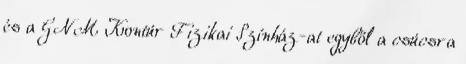
és a GNM Kontúr Fizikai Színház-at egyből a csúcsra